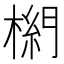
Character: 𣗭